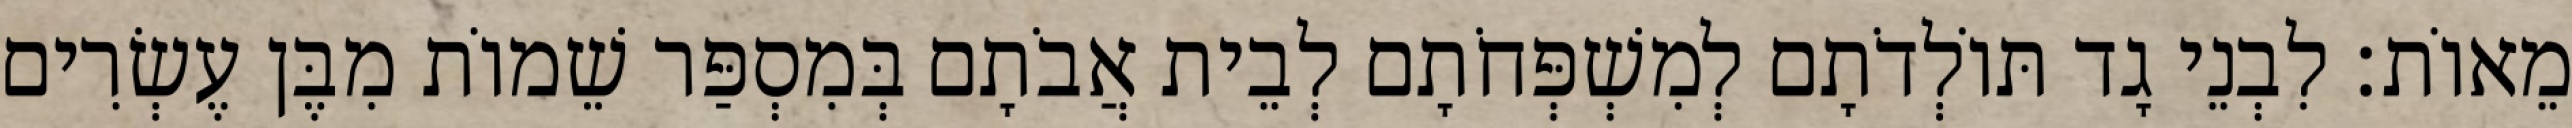
מֵאוֹת׃ לִבְנֵי גָד תּוֹלְדֹתָם לְמִשְׁפְּחֹתָם לְבֵית אֲבֹתָם בְּמִסְפַּר שֵׁמוֹת מִבֶּן עֶשְׂרִים